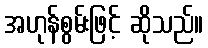
အဟုန်စွမ်းဖြင့် ဆိုသည်။